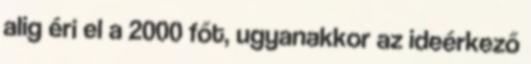
alig éri el a 2000 főt, ugyanakkor az ideérkező